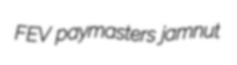
FEV paymasters jamnut